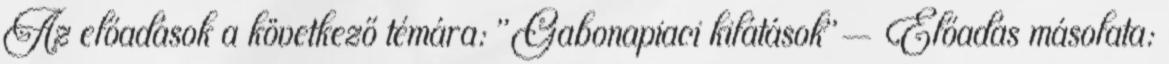
Az előadások a következő témára: "Gabonapiaci kilátások"— Előadás másolata: